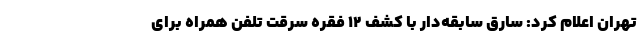
تهران اعلام کرد: سارق سابقه‌دار با کشف ۱۲ فقره سرقت تلفن همراه برای